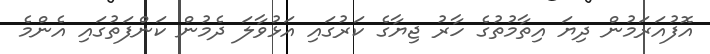
އޮފުއަރަމުން ދިޔަ އިތާމުތުގެ ހާރު ޖިޔާގެ ކަރުގައި އަޅުވާލަ ދެމުން ކަންފަތުގައި އެންމެ